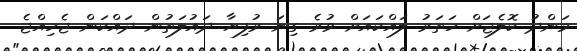
މަންދު ކޮލެޖަށް ހަތަރު ލައްކައަށް ވުރެ ގިނަ ރުފިޔާ ދައުލަތުން ދައްކަން ޖެހިއްޖެ